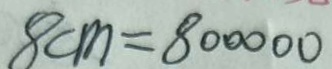
8 c m = 8 0 0 0 0 0